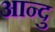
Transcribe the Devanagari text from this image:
आन्दु